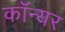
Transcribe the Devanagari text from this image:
कॉन्यर